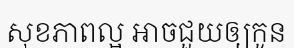
សុខភាពល្អ អាចជួយឲ្យកូន